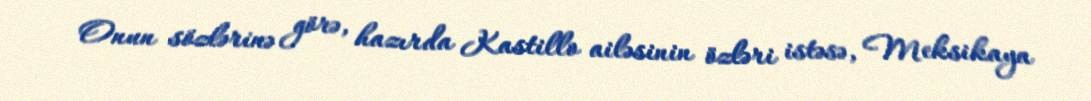
Onun sözlərinə görə, hazırda Kastillo ailəsinin özləri istəsə, Meksikaya